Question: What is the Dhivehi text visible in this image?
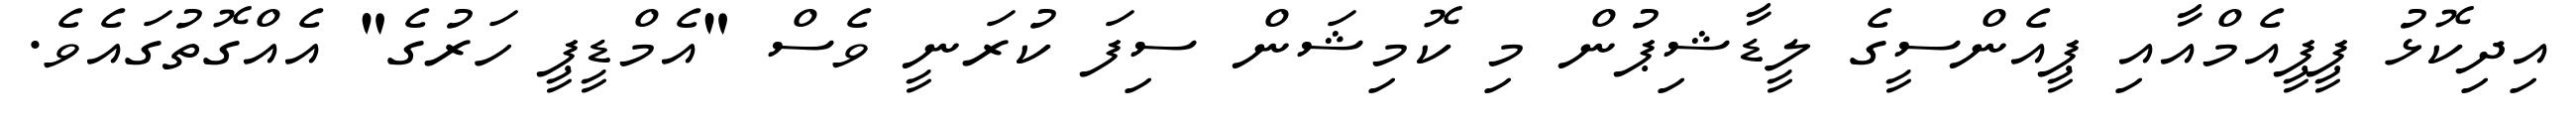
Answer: އިދިކޮޅު ޕީޕީއެމްއާއި ޕީއެންސީގެ ލީޑާޝިޕުން މި ކޮމިޝަން ސިފަ ކުރަނީ ވެސް "އެމްޑީޕީ ހަރުގެ" އެއްގޮތުގައެވެ.